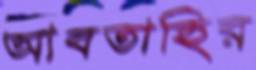
আবতাহির